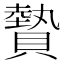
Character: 䞇